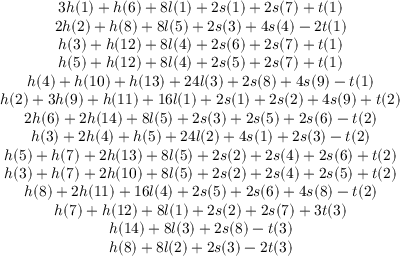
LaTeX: \begin{array} { c } { { { 3 h ( 1 ) + h ( 6 ) + 8 l ( 1 ) + 2 s ( 1 ) + 2 s ( 7 ) + t ( 1 ) } } } \\ { { { 2 h ( 2 ) + h ( 8 ) + 8 l ( 5 ) + 2 s ( 3 ) + 4 s ( 4 ) - 2 t ( 1 ) } } } \\ { { { h ( 3 ) + h ( 1 2 ) + 8 l ( 4 ) + 2 s ( 6 ) + 2 s ( 7 ) + t ( 1 ) } } } \\ { { { h ( 5 ) + h ( 1 2 ) + 8 l ( 4 ) + 2 s ( 5 ) + 2 s ( 7 ) + t ( 1 ) } } } \\ { { { h ( 4 ) + h ( 1 0 ) + h ( 1 3 ) + 2 4 l ( 3 ) + 2 s ( 8 ) + 4 s ( 9 ) - t ( 1 ) } } } \\ { { { h ( 2 ) + 3 h ( 9 ) + h ( 1 1 ) + 1 6 l ( 1 ) + 2 s ( 1 ) + 2 s ( 2 ) + 4 s ( 9 ) + t ( 2 ) } } } \\ { { { 2 h ( 6 ) + 2 h ( 1 4 ) + 8 l ( 5 ) + 2 s ( 3 ) + 2 s ( 5 ) + 2 s ( 6 ) - t ( 2 ) } } } \\ { { { h ( 3 ) + 2 h ( 4 ) + h ( 5 ) + 2 4 l ( 2 ) + 4 s ( 1 ) + 2 s ( 3 ) - t ( 2 ) } } } \\ { { { h ( 5 ) + h ( 7 ) + 2 h ( 1 3 ) + 8 l ( 5 ) + 2 s ( 2 ) + 2 s ( 4 ) + 2 s ( 6 ) + t ( 2 ) } } } \\ { { { h ( 3 ) + h ( 7 ) + 2 h ( 1 0 ) + 8 l ( 5 ) + 2 s ( 2 ) + 2 s ( 4 ) + 2 s ( 5 ) + t ( 2 ) } } } \\ { { { h ( 8 ) + 2 h ( 1 1 ) + 1 6 l ( 4 ) + 2 s ( 5 ) + 2 s ( 6 ) + 4 s ( 8 ) - t ( 2 ) } } } \\ { { { h ( 7 ) + h ( 1 2 ) + 8 l ( 1 ) + 2 s ( 2 ) + 2 s ( 7 ) + 3 t ( 3 ) } } } \\ { { { h ( 1 4 ) + 8 l ( 3 ) + 2 s ( 8 ) - t ( 3 ) } } } \\ { { { h ( 8 ) + 8 l ( 2 ) + 2 s ( 3 ) - 2 t ( 3 ) } } } \end{array}